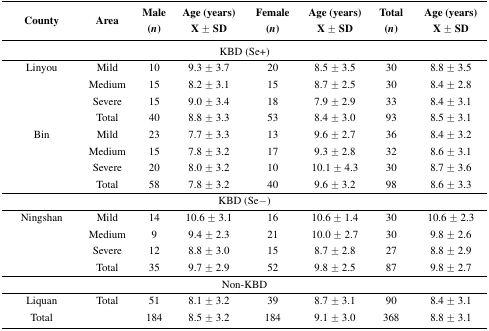
| County | Area | Male (n) | Age (years) X ± SD | Female (n) | Age (years) X ± SD | Total (n) | Age (years) X ± SD |
 | --- | --- | --- | --- | --- | --- | --- | --- |
 | <COLSPAN=8> KBD (Se+) |
 | Linyou | Mild | 10 | 9.3 ± 3.7 | 20 | 8.5 ± 3.5 | 30 | 8.8 ± 3.5 |
 |  | Medium | 15 | 8.2 ± 3.1 | 15 | 8.7 ± 2.5 | 30 | 8.4 ± 2.8 |
 |  | Severe | 15 | 9.0 ± 3.4 | 18 | 7.9 ± 2.9 | 33 | 8.4 ± 3.1 |
 |  | Total | 40 | 8.8 ± 3.3 | 53 | 8.4 ± 3.0 | 93 | 8.5 ± 3.1 |
 | Bin | Mild | 23 | 7.7 ± 3.3 | 13 | 9.6 ± 2.7 | 36 | 8.4 ± 3.2 |
 |  | Medium | 15 | 7.8 ± 3.2 | 17 | 9.3 ± 2.8 | 32 | 8.6 ± 3.1 |
 |  | Severe | 20 | 8.0 ± 3.2 | 10 | 10.1 ± 4.3 | 30 | 8.7 ± 3.6 |
 |  | Total | 58 | 7.8 ± 3.2 | 40 | 9.6 ± 3.2 | 98 | 8.6 ± 3.3 |
 | <COLSPAN=8> KBD (Se−) |
 | Ningshan | Mild | 14 | 10.6 ± 3.1 | 16 | 10.6 ± 1.4 | 30 | 10.6 ± 2.3 |
 |  | Medium | 9 | 9.4 ± 2.3 | 21 | 10.0 ± 2.7 | 30 | 9.8 ± 2.6 |
 |  | Severe | 12 | 8.8 ± 3.0 | 15 | 8.7 ± 2.8 | 27 | 8.8 ± 2.9 |
 |  | Total | 35 | 9.7 ± 2.9 | 52 | 9.8 ± 2.5 | 87 | 9.8 ± 2.7 |
 | <COLSPAN=8> Non-KBD |
 | Liquan | Total | 51 | 8.1 ± 3.2 | 39 | 8.7 ± 3.1 | 90 | 8.4 ± 3.1 |
 | Total |  | 184 | 8.5 ± 3.2 | 184 | 9.1 ± 3.0 | 368 | 8.8 ± 3.1 |